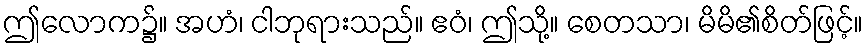
ဤလောက၌။ အဟံ၊ ငါဘုရားသည်။ ဧဝံ၊ ဤသို့။ စေတသာ၊ မိမိ၏စိတ်ဖြင့်။